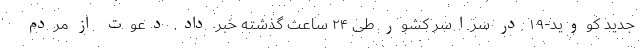
جدید کووید-۱۹ در سراسر کشور طی ۲۴ ساعت گذشته خبر داد. دعوت از مردم